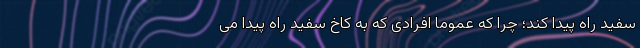
سفید راه پیدا کند؛ چرا که عموما افرادی که به کاخ سفید راه پیدا می